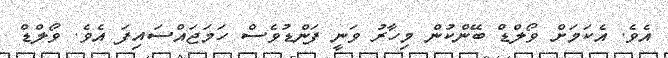
އެވެ. އެކަމަށް ވޯލްޑް ބޭންކުން މިހާރު ވަނީ ފަންޑުވެސް ހަމަޖައްސައިފަ އެވެ. ވޯލްޑް